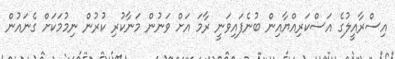
އިސްރާއީލުގެ އަސްކަރިއްޔާއިން ބުނެފައިވަނީ ރާމަ އަށް ވަނުން މަނާކުރި ކުރުން ނިމުމަކަށް ގެނައުން